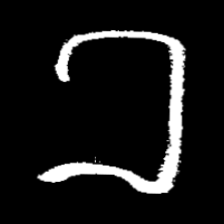
Pyu character \u2014 Myanmar letter: ခ (romanized: kha)